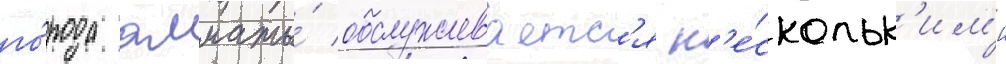
го́рода алматы́ обслуживаетс'я н'е́скольк'им'и